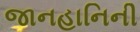
જાનહાનિની